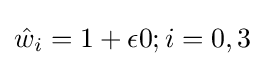
{\hat {w}}_{i}=1+\epsilon 0;i=0,3